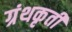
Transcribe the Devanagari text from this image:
ग्रंथकृती